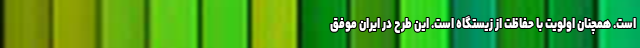
است. همچنان اولویت با حفاظت از زیستگاه است. این طرح در ایران موفق